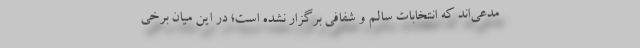
مدعی‌اند که انتخابات سالم و شفافی برگزار نشده است؛ در این میان برخی